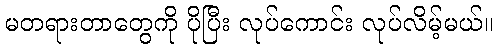
မတရားတာတွေကို ပိုပြီး လုပ်ကောင်း လုပ်လိမ့်မယ်။